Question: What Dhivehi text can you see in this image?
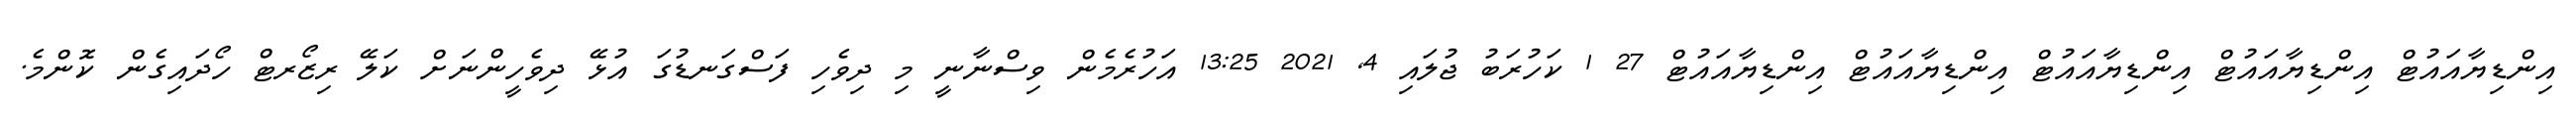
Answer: އިންޑިޔާއައުޓް އިންޑިޔާއައުޓް އިންޑިޔާއައުޓް އިންޑިޔާއައުޓް އިންޑިޔާއައުޓް 27 1 ކަހުރަބު ޖުލައި 4, 2021 13:25 އަހުރެމެން ވިސްނާނީ މި ދިވެހި ފަސްގަނޑުގަ އުޅޭ ދިވެހީންނަށް ކަލޭ ރިޒޯރޓް ހޯދައިގެން ކޮންމެ.